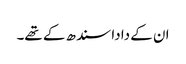
ان کے دادا سندھ کے تھے۔